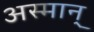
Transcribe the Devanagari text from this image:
अस्मान्